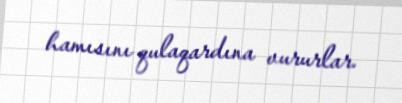
hamısını qulaqardına vururlar.